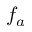
f _ { a }